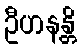
ဦဟနန္တိ